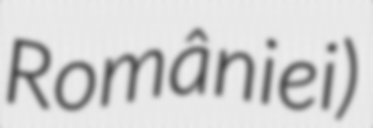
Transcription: României)